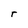
Character: r